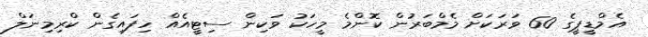
އެމްޑީޕީގެ 60 ވަރަކަށް މެމްބަރުން ކޮންމެ މީހަކު ވަކިން ސިޓީއެއް ހިފައިގެން ކްރިމިނަލް